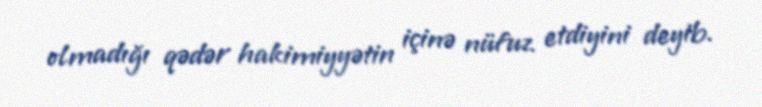
olmadığı qədər hakimiyyətin içinə nüfuz etdiyini deyib.